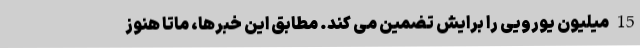
15 میلیون یورویی را برایش تضمین می کند. مطابق این خبرها، ماتا هنوز